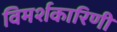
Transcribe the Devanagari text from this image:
विमर्शकारिणी